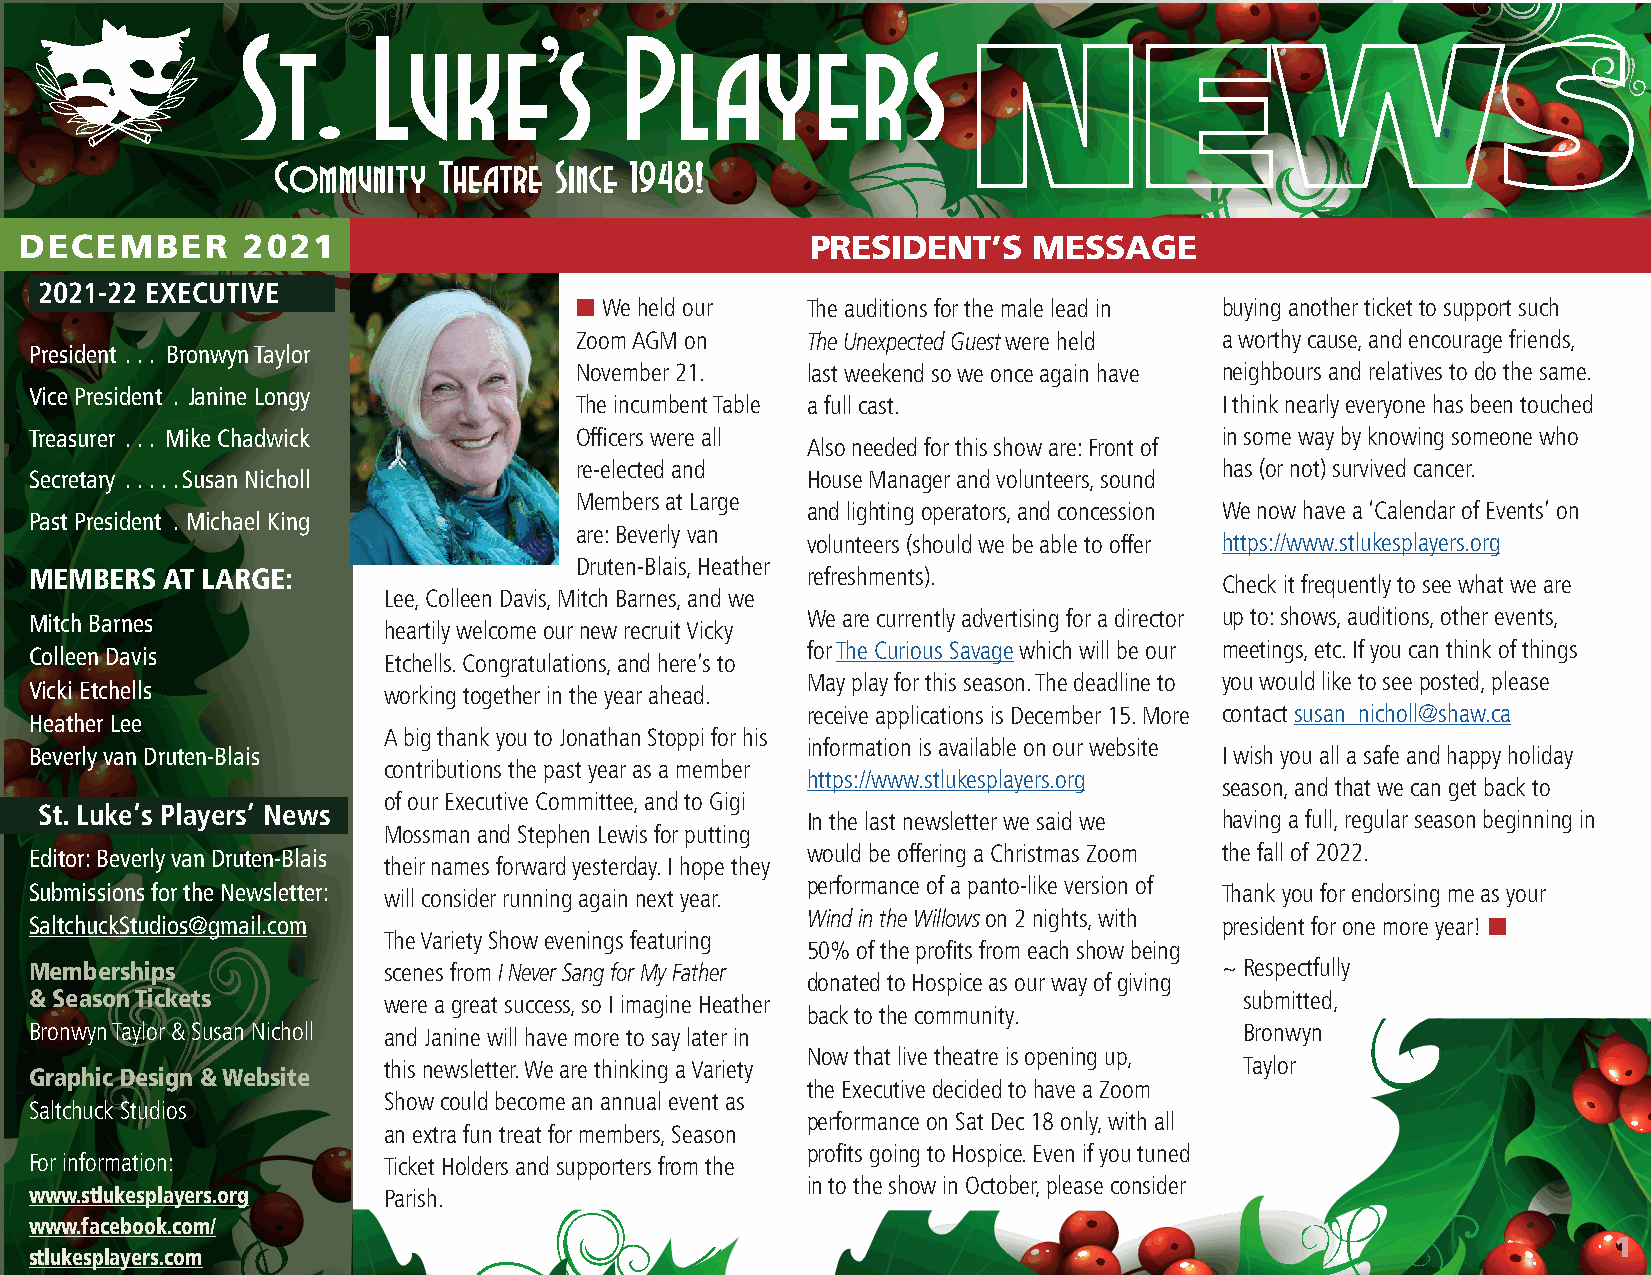
DECEMBER       2021                                  PRESIDENT’S   MESSAGE
 2021-22 EXECUTIVE
 n We held our  The auditions for the male lead in buying another ticket to support such
 Zoom AGM on    The Unexpected Guest were held a worthy cause, and encourage friends,
 President  . . . Bronwyn Taylor
 November 21.   last weekend so we once again have neighbours and relatives to do the same.
 Vice President  . Janine Longy
 The incumbent Table a full cast.           I think nearly everyone has been touched
 Treasurer  . . . Mike Chadwick      Officers were all                          in some way by knowing someone who
 Also needed for this show are: Front of
 re-elected and                             has (or not) survived cancer.
 Secretary  . . . . . Susan Nicholl                 House Manager and volunteers, sound
 Members at Large
 and lighting operators, and concession We now have a ‘Calendar of Events’ on
 Past President  . Michael King
 are: Beverly van
 volunteers (should we be able to offer https://www.stlukesplayers.org
 Druten-Blais, Heather
 MEMBERS  AT LARGE:                                 refreshments).
 Check it frequently to see what we are
 Lee, Colleen Davis, Mitch Barnes, and we
 Mitch Barnes                                       We are currently advertising for a director up to: shows, auditions, other events,
 heartily welcome our new recruit Vicky
 for The Curious Savage which will be our meetings, etc. If you can think of things
 Colleen Davis
 Etchells. Congratulations, and here’s to
 May play for this season. The deadline to you would like to see posted, please
 Vicki Etchells         working together in the year ahead.
 receive applications is December 15. More contact susan_nicholl@shaw.ca
 Heather Lee
 A big thank you to Jonathan Stoppi for his
 information is available on our website
 Beverly van Druten-Blais                                                       I wish you all a safe and happy holiday
 contributions the past year as a member
 https://www.stlukesplayers.org
 season, and that we can get back to
 of our Executive Committee, and to Gigi
 St. Luke‘s Players’ News
 In the last newsletter we said we having a full, regular season beginning in
 Mossman and Stephen Lewis for putting
 Editor: Beverly van Druten-Blais                   would be offering a Christmas Zoom the fall of 2022.
 their names forward yesterday. I hope they
 Submissions for the Newsletter: will consider running again next year. performance of a panto-like version of Thank you for endorsing me as your
 SaltchuckStudios@gmail .com                        Wind in the Willows on 2 nights, with president for one more year! n
 The Variety Show evenings featuring
 50% of the profits from each show being
 Memberships            scenes from I Never Sang for My Father                  ~ Respectfully
 donated to Hospice as our way of giving
 & Season Tickets       were a great success, so I imagine Heather               submitted,
 back to the community.
 Bronwyn Taylor & Susan Nicholl and Janine will have more to say later in        Bronwyn
 Now that live theatre is opening up,
 this newsletter. We are thinking a Variety               Taylor
 Graphic Design & Website
 the Executive decided to have a Zoom
 Show could become an annual event as
 Saltchuck Studios
 performance on Sat Dec 18 only, with all
 an extra fun treat for members, Season
 profits going to Hospice. Even if you tuned
 For information:       Ticket Holders and supporters from the
 in to the show in October, please consider
 www.stlukesplayers.org Parish.
 www.facebook.com/
 1
 stlukesplayers.com